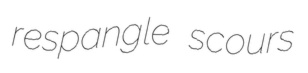
respangle scours